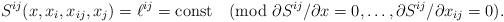
LaTeX: \begin{align*}S^{ij}(x,x_i,x_{ij},x_j)=\ell^{ij}=\mathrm{const} \pmod{\partial S^{ij}/\partial x=0,\ldots,\partial S^{ij}/\partial x_{ij}=0}.\end{align*}